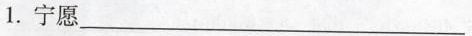
1.宁愿___